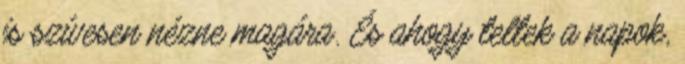
is szívesen nézne magára. És ahogy teltek a napok,